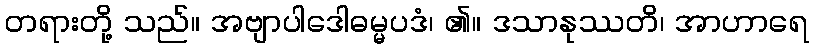
တရားတို့ သည်။ အဗျာပါဒေါဓမ္မပဒံ၊ ၏။ ဒသာနုဿတိ၊ အာဟာရေ